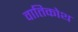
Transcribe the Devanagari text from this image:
वातिकोथ